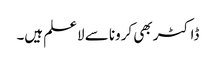
ڈاکٹر بھی کرونا سے لاعلم ہیں۔